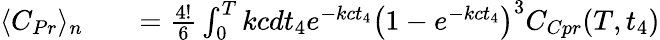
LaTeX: \begin{array}{rlr}{\langle C_{Pr}\rangle_{n}}&{{}}&{=\frac{4!}{6}\int_{0}^{T}kcdt_{4}e^{-kct_{4}}\left(1-e^{-kct_{4}}\right)^{3}C_{Cpr}(T,t_{4})}\end{array}